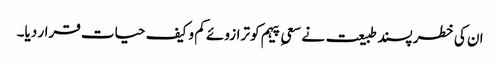
ان کی خطر پسند طبیعت نے سعیِ پیہم کو ترازوئے کم و کیف حیات قرار دیا۔